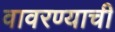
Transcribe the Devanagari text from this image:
वावरण्याची